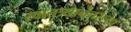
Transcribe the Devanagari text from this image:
स्वातत्र्यानंतरच्या